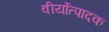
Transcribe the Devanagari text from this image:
वीर्योत्पादक